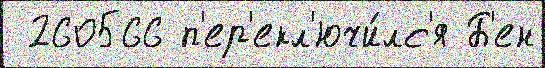
 260566 п'ер'екл'ючи́лс'я Б'ен